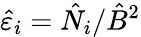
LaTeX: \hat{\varepsilon}_{i}=\hat{N}_{i}/\hat{B}^{2}